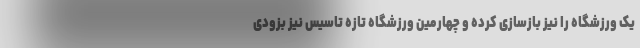
یک ورزشگاه را نیز بازسازی کرده و چهارمین ورزشگاه تازه تاسیس نیز بزودی